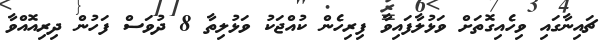
ޗައިނާގައި ވިހެއިގޮތަށް ވަޅުލާފައިވާ ފިރިހެން ކުއްޖަކު ވަޅުލިތާ 8 ދުވަސް ފަހުން ދިރިއޮއްވާ